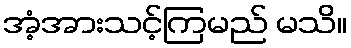
အံ့အားသင့်ကြမည် မသိ။